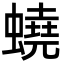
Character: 蟯